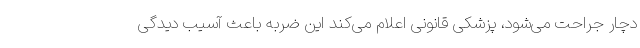
دچار جراحت می‌شود، پزشکی قانونی اعلام می‌کند این ضربه باعث آسیب دیدگی